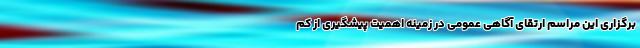
برگزاری این مراسم ارتقای آگاهی عمومی در زمینه اهمیت پیشگیری از کم